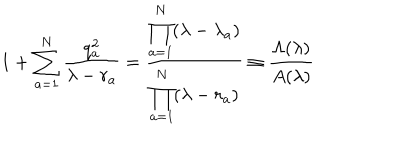
1 + \sum _ { a = 1 } ^ { N } \frac { q _ { a } ^ { 2 } } { \lambda - r _ { a } } = \frac { \displaystyle \prod _ { a = 1 } ^ { N } ( \lambda - \lambda _ { a } ) } { \displaystyle \prod _ { a = 1 } ^ { N } ( \lambda - r _ { a } ) } \equiv \frac { \Lambda ( \lambda ) } { A ( \lambda ) }